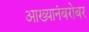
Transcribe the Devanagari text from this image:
आख्यानंबरोबर